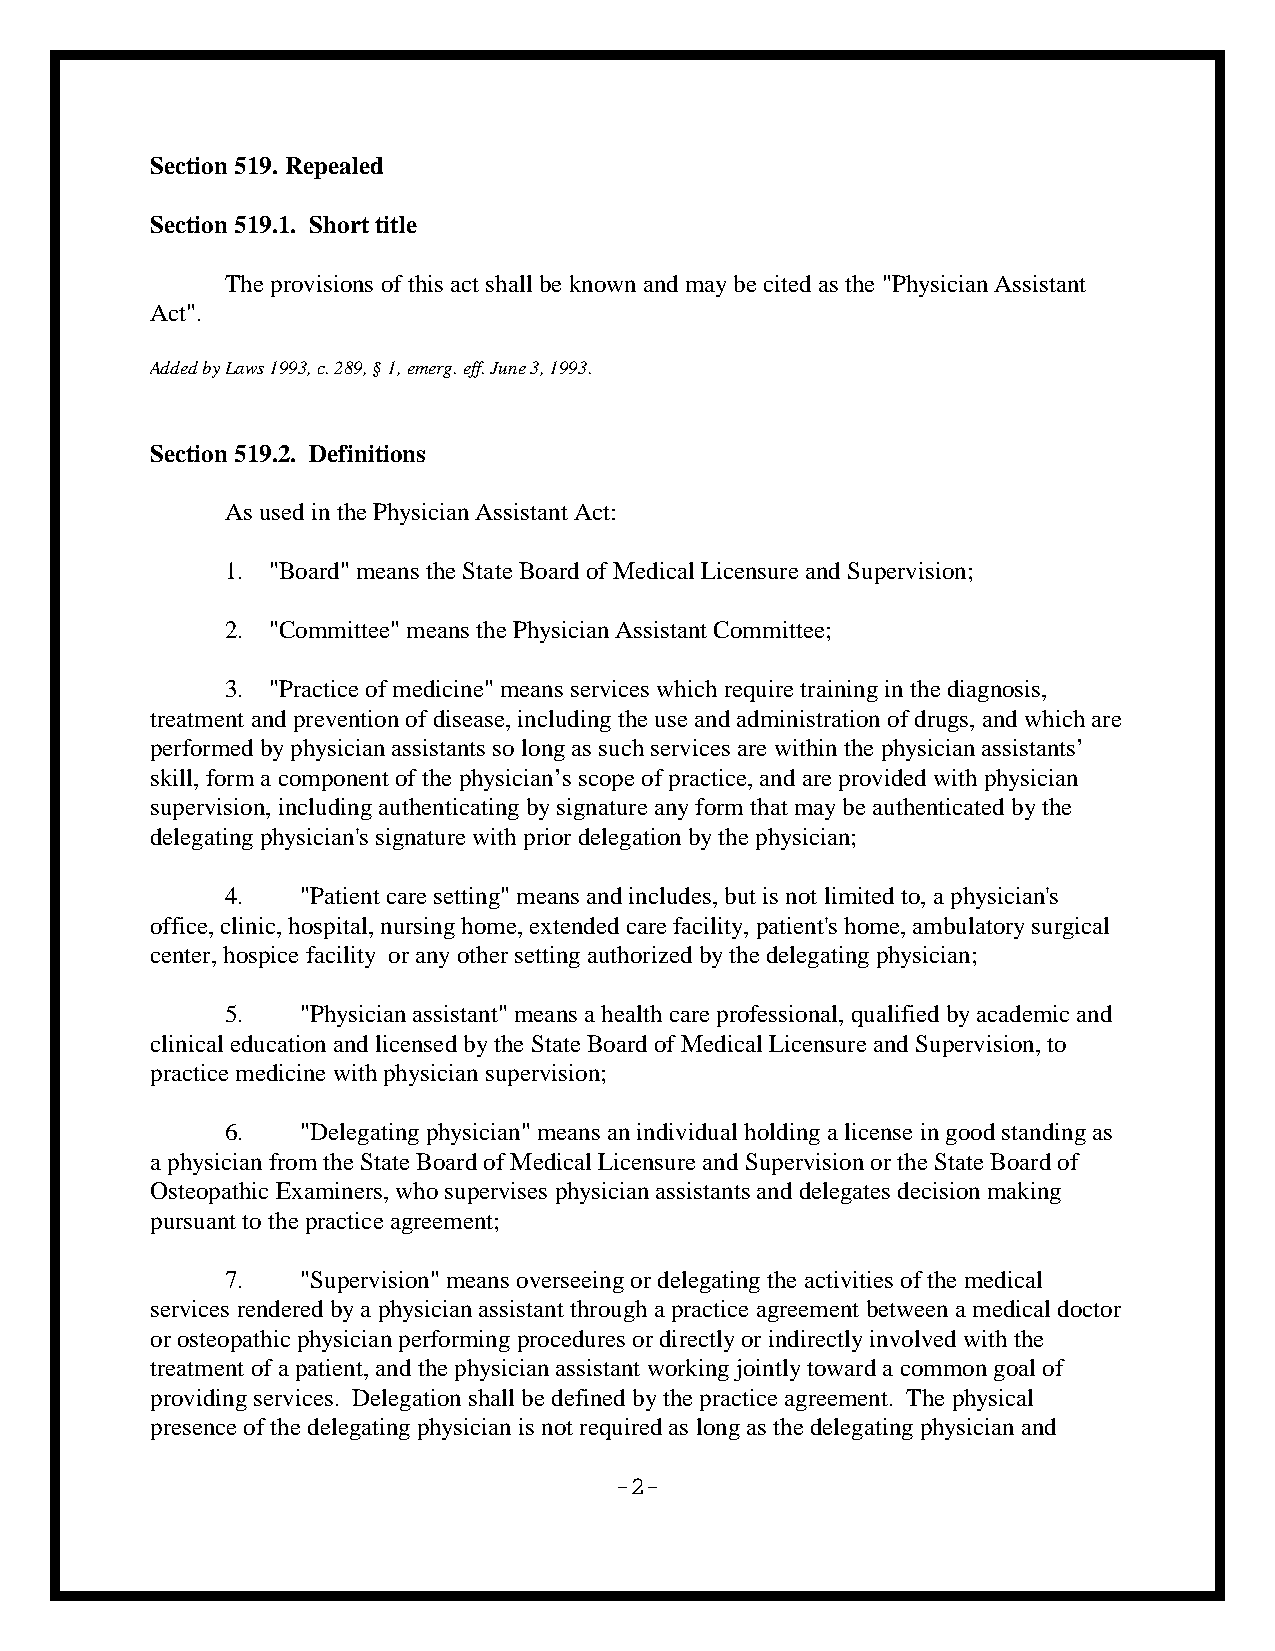
Section 519. Repealed
 Section 519.1. Short title
 The provisions of this act shall be known and may be cited as the "Physician Assistant
 Act".
 Added by Laws 1993, c. 289, § 1, emerg. eff. June 3, 1993.
 Section 519.2. Definitions
 As used in the Physician Assistant Act:
 1. "Board" means the State Board of Medical Licensure and Supervision;
 2. "Committee" means the Physician Assistant Committee;
 3. "Practice of medicine" means services which require training in the diagnosis,
 treatment and prevention of disease, including the use and administration of drugs, and which are
 performed by physician assistants so long as such services are within the physician assistants’
 skill, form a component of the physician’s scope of practice, and are provided with physician
 supervision, including authenticating by signature any form that may be authenticated by the
 delegating physician's signature with prior delegation by the physician;
 4.   "Patient care setting" means and includes, but is not limited to, a physician's
 office, clinic, hospital, nursing home, extended care facility, patient's home, ambulatory surgical
 center, hospice facility or any other setting authorized by the delegating physician;
 5.   "Physician assistant" means a health care professional, qualified by academic and
 clinical education and licensed by the State Board of Medical Licensure and Supervision, to
 practice medicine with physician supervision;
 6.   "Delegating physician" means an individual holding a license in good standing as
 a physician from the State Board of Medical Licensure and Supervision or the State Board of
 Osteopathic Examiners, who supervises physician assistants and delegates decision making
 pursuant to the practice agreement;
 7.   "Supervision" means overseeing or delegating the activities of the medical
 services rendered by a physician assistant through a practice agreement between a medical doctor
 or osteopathic physician performing procedures or directly or indirectly involved with the
 treatment of a patient, and the physician assistant working jointly toward a common goal of
 providing services. Delegation shall be defined by the practice agreement. The physical
 presence of the delegating physician is not required as long as the delegating physician and
 -2-